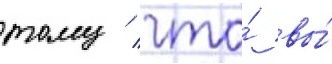
тому / что́ вы́